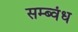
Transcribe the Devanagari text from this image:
सम्ब्वंध